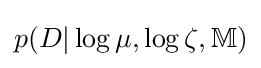
p(D|\log \mu ,\log \zeta ,\mathbb {M} )